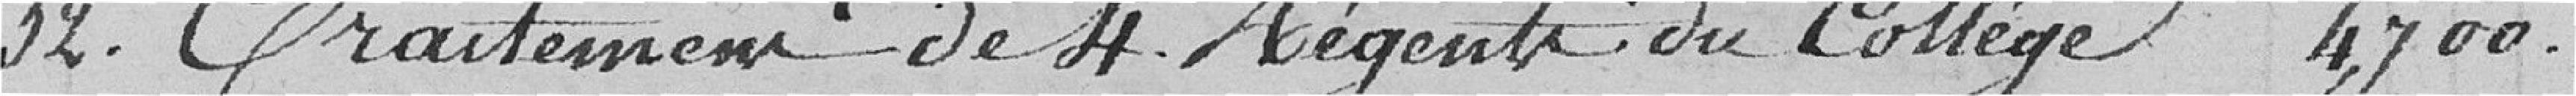
32. Traitement de 4 régents du Collège 4700.